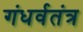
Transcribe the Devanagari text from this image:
गंधर्वतंत्र